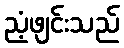
ညံ့ဖျင်းသည်